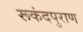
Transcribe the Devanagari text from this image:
रूकंदपुराण